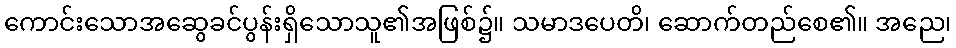
ကောင်းသောအဆွေခင်ပွန်းရှိသောသူ၏အဖြစ်၌။ သမာဒပေတိ၊ ဆောက်တည်စေ၏။ အညေ၊